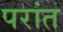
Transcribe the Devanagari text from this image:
परांत